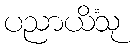
ပညာယိံသု